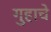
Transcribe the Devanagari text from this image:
गुहाचे